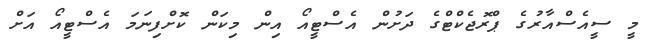
މީ ސީއެސްއާރުގެ ޕްރޮޖެކްޓްގެ ދަށުން އެސްޓީއޯ އިން މިކަން ކޮށްފިނަމަ އެސްޓީއޯ އަށް